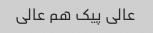
عالی پیک هم عالی